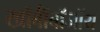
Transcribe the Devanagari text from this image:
खॉर्बॉबॉजॉय